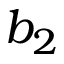
b _ { 2 }